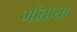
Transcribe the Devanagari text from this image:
मोंतोया